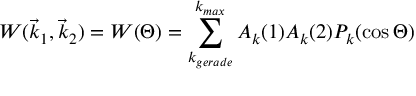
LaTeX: W ( { \vec { k } } _ { 1 } , { \vec { k } } _ { 2 } ) = W ( \Theta ) = \sum _ { k _ { g e r a d e } } ^ { k _ { m a x } } A _ { k } ( 1 ) A _ { k } ( 2 ) P _ { k } ( \cos { \Theta } )